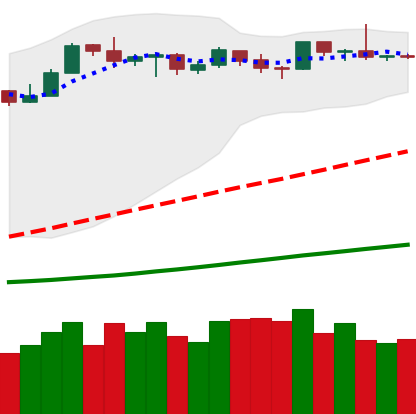
Ticker: LTC-USD
Chart end date: 2019-04-01
Forward return: 52.565%
Label: up_7plus